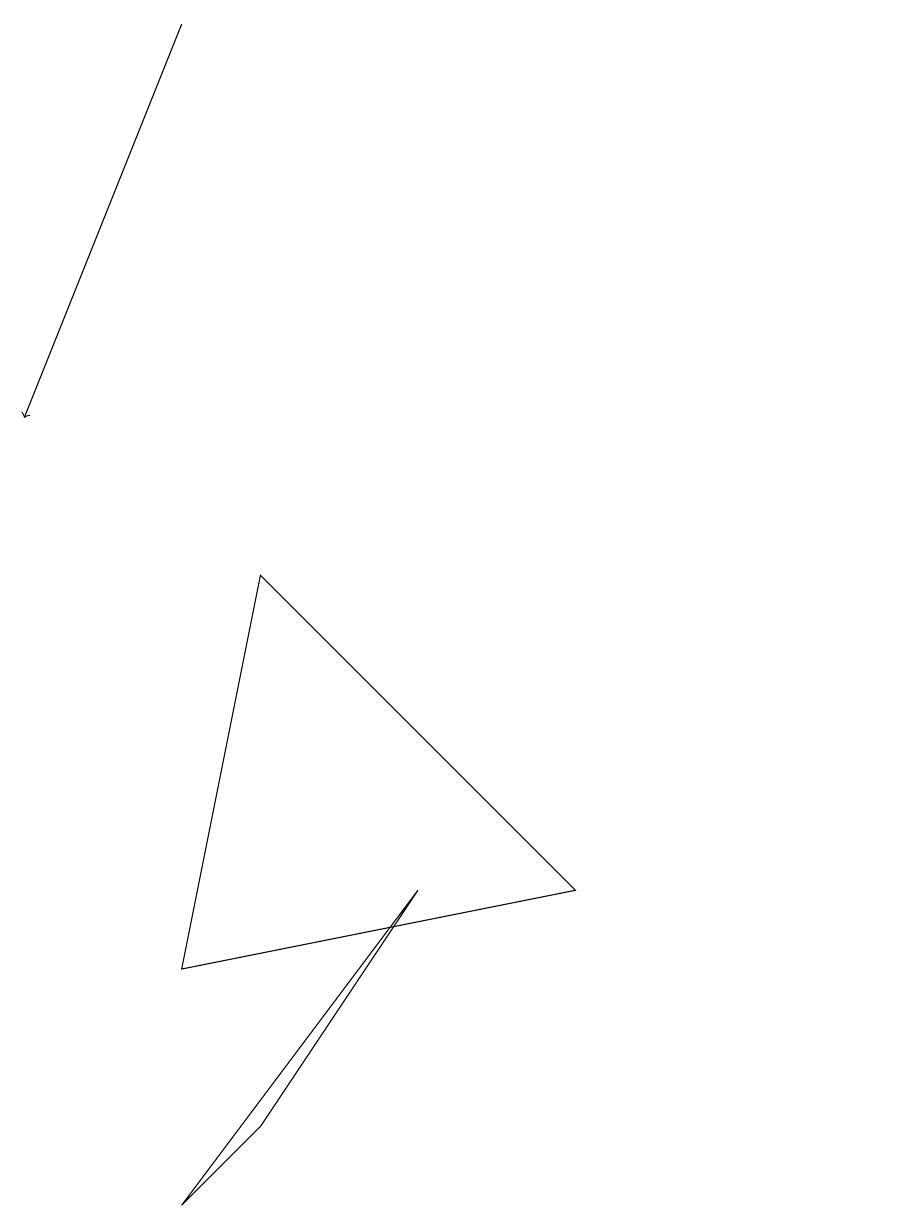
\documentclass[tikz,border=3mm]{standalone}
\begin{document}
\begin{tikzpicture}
\draw[->] (2,16) -- (0,11);
\draw (11,10) circle (0);
\draw (2,1) -- (5,5) -- (3,2) -- cycle;
\draw (10,12) circle (0);
\draw (3,9) -- (7,5) -- (2,4) -- cycle;
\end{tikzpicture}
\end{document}